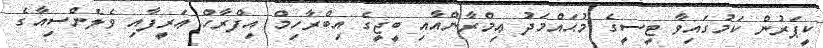
ކީޕަރުން ކަމުގައިވާ ޓީސީގެ މުޙައްމަދު ޢިމްރާންއާއި ބީޖީގެ އިބްރާހިމް އިފްރާހް ޢަރީފާއި ވެލެންސިއާގެ